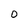
Character: D